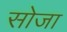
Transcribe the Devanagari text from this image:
सोजा